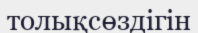
толықсөздігін